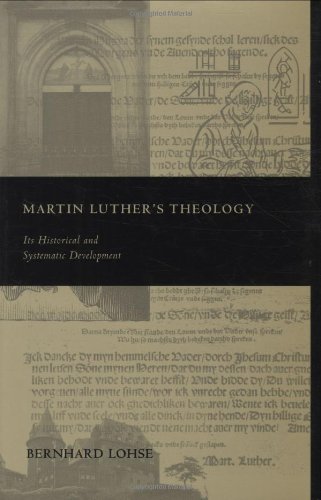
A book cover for Martin Luther's Theology: Its Historical and Systematic Development; Bernhard Lohse; Christian Books & Bibles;